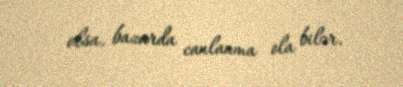
olsa, bazarda canlanma ola bilər.